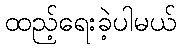
ထည့်ရေးခဲ့ပါမယ်